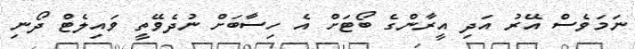
ނަމަވެސް އޭރު އަދި އީރާންގެ ބޯޓަށް އެ ހިސާބަށް ނުދެވޭތީ ވައިލެޓް ދޯނި